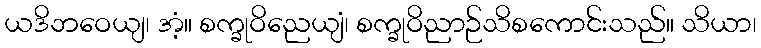
ယဒိဘဝေယျ၊ အံ့။ စက္ခုဝိညေယျံ၊ စက္ခုဝိညာဉ်သိစကောင်းသည်။ သိယာ၊